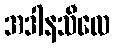
အဒါနသီလေ